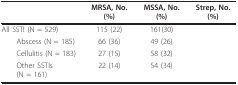
<table><thead><tr><td>[EMPTY_CELL]</td><td><b>MRSA, No. (%)</b></td><td><b>MSSA, No. (%)</b></td><td><b>Strep, No. (%)</b></td></tr></thead><tbody><tr><td>All SSTI (N = 529)</td><td>115 (22)</td><td>161(30)</td><td>[EMPTY_CELL]</td></tr><tr><td> Abscess (N = 185)</td><td>66 (36)</td><td>49 (26)</td><td>[EMPTY_CELL]</td></tr><tr><td> Cellulitis (N = 183)</td><td>27 (15)</td><td>58 (32)</td><td>[EMPTY_CELL]</td></tr><tr><td> Other SSTIs (N = 161)</td><td>22 (14)</td><td>54 (34)</td><td>[EMPTY_CELL]</td></tr></tbody></table>